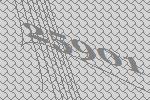
25901